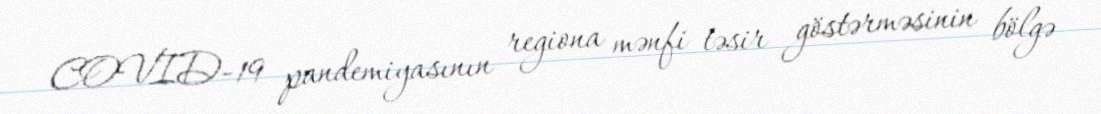
COVID-19 pandemiyasının regiona mənfi təsir göstərməsinin bölgə